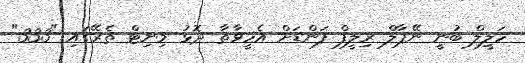
ހަލީލް ބުނީ ނޭޕާލް ރިލީފް ފަންޑަށް އެހީވާތާ ދޮޅު މިނިޓް ތެރޭގައި "333"